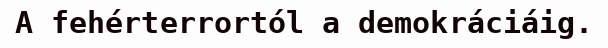
A fehérterrortól a demokráciáig.